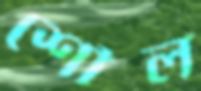
শৌল